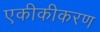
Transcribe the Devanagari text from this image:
एकीकीकरण